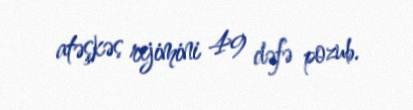
atəşkəs rejimini 49 dəfə pozub.